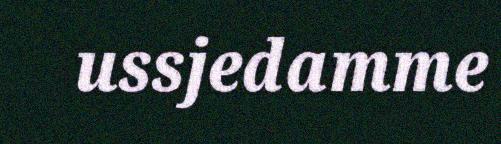
ussjedamme